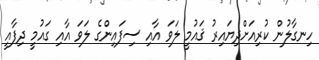
ހިނގާލުން ކުރިއަށްދިޔައިރު ޤައުމީ ލަވަ އާއި ސިފައިންގެ ލަވަ އާއި ގައުމީ ދިފާއީ